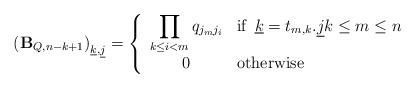
LaTeX: \begin{align*} \left( {\mathbf{B}}_{Q,n-k+1} \right)_{\underline{k},\underline{j}}= \left\{ \begin{array}{cl} \displaystyle\prod_{k\le i < m} q_{j_{m}j_{i}} & \textrm{if\, } \underline{k}=t_{m,k}{\bf.}\underline{j} k\le m\le n\\ 0 & \textrm{otherwise} \end{array} \right. \end{align*}